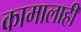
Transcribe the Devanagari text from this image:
कामालाही